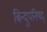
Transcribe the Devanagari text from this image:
बिन्दुपनिषद्